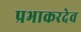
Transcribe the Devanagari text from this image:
प्रभाकरदेव